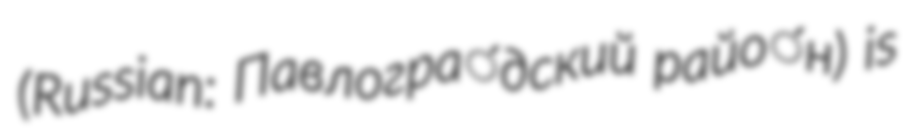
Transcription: (Russian: Павлогра́дский райо́н) is